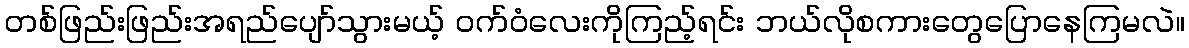
တစ်ဖြည်းဖြည်းအရည်ပျော်သွားမယ့် ဝက်ဝံလေးကိုကြည့်ရင်း ဘယ်လိုစကားတွေပြောနေကြမလဲ။